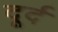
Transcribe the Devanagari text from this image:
दूर्द